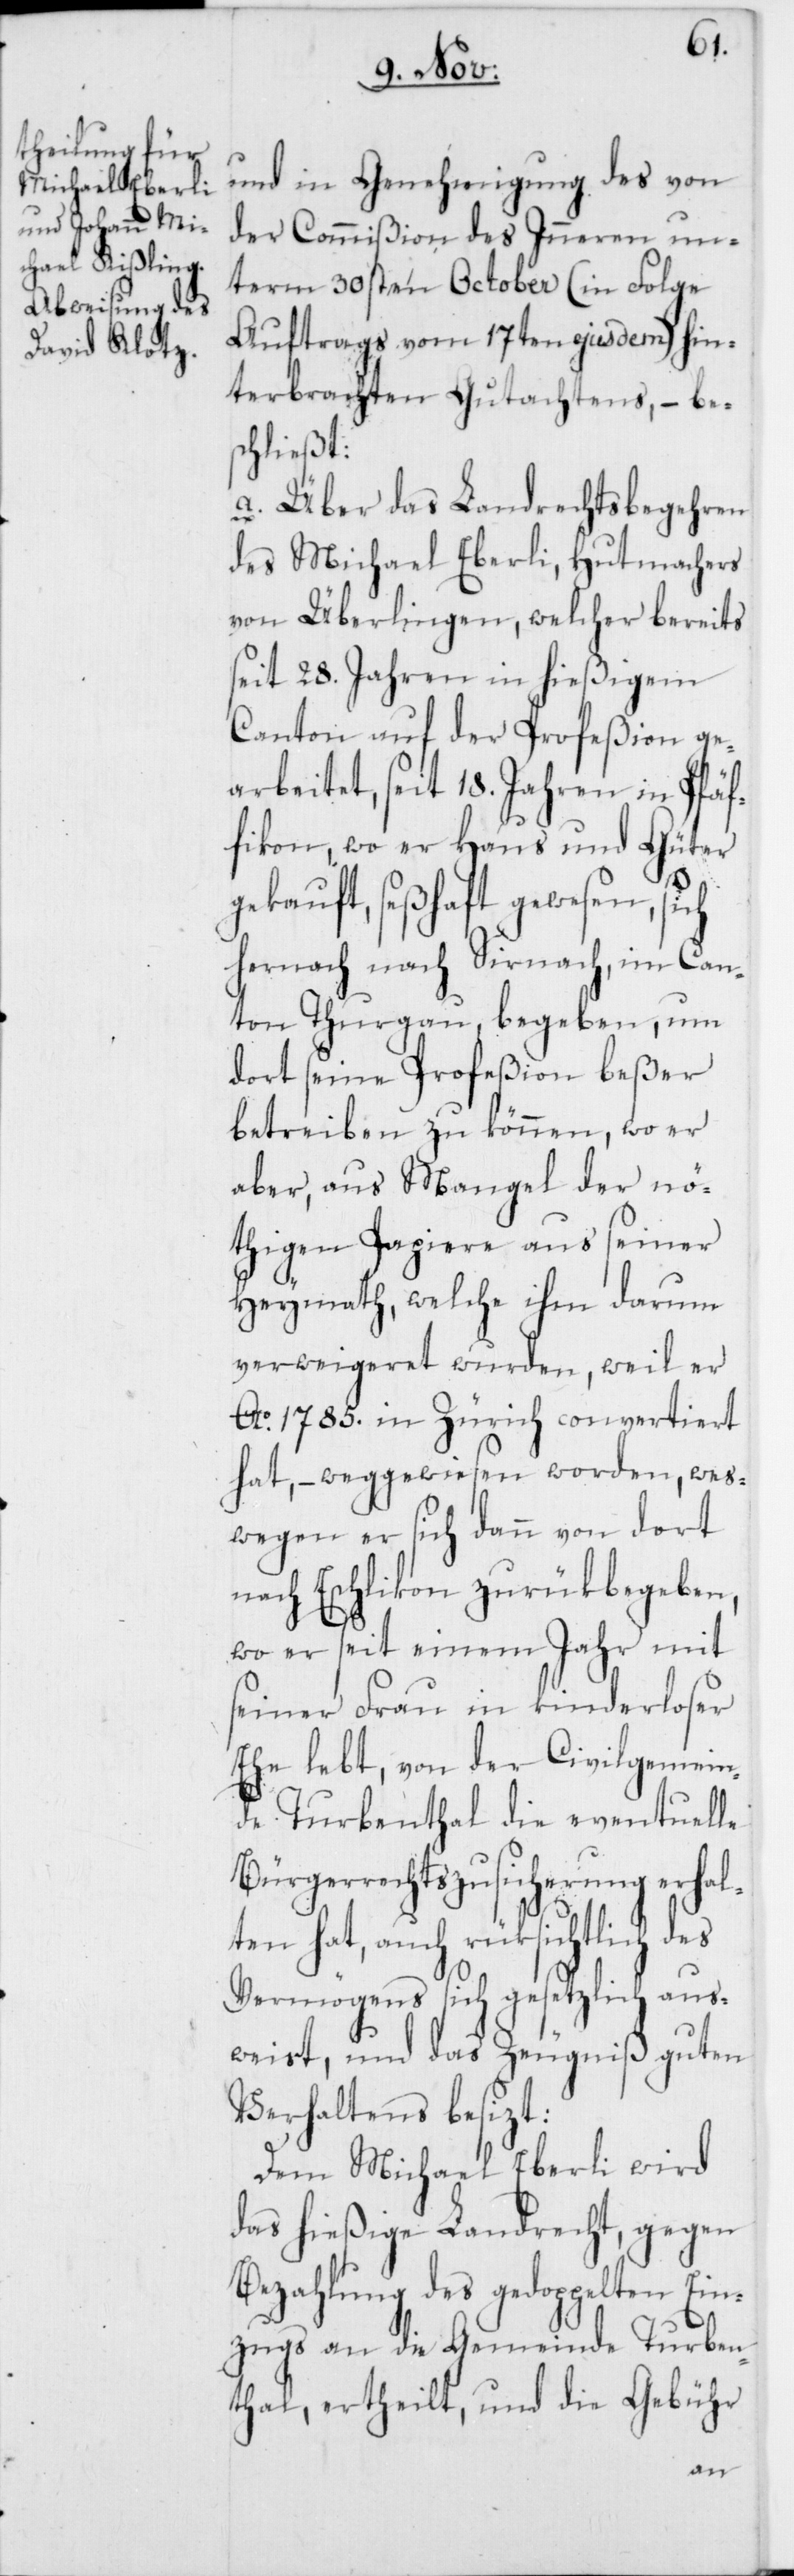
und in Genehmigung des von
der Commißion des Inneren un¬
term 30sten October (in Folge
Auftrags vom 17ten ejusdem) hin¬
terbrachten Gutachtens, – bes¬
chließt:
a. Über das Landrechtsbegehren
des Michael Eberli, Hutmachers
von Überlingen, welcher bereits
seit 28. Jahren in hießigem
Canton auf der Profeßion ge¬
arbeitet, seit 18. Jahren in Pfäf¬
fikon, wo er Haus und Güter
gekauft, seßhaft gewesen, sich
hernach nach Sirnach, im Can¬
ton Thurgau, begeben, um
dort seine Profeßion beßer
betreiben zu können, wo er
aber, aus Mangel der nö¬
thigen Papiere aus seiner
Heymath, welche ihm darum
verweigeret wurden, weil er
Ao. 1785. in Zürich convertiert
hat, – weggewiesen worden, wes¬
wegen er sich dann von dort
nach Eschlikon zurükbegeben,
wo er seit einem Jahr mit
seiner Frau in kinderloser
Ehe lebt, von der Civilgemein¬
de Turbenthal die eventuelle
Bürgerrechtszusicherung erhal¬
ten hat, auch rüksichtlich
Vermögens sich gesetzlich aus¬
weist, und das Zeugniß guten
Verhaltens besizt.
Dem Michael Eberli wird
das hießige Landrecht, gegen
Bezahlung des gedoppelten Ein¬
zugs an die Gemeinde Turben¬
thal, ertheilt, und die Gebühr